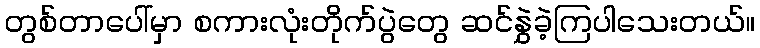
တွစ်တာပေါ်မှာ စကားလုံးတိုက်ပွဲတွေ ဆင်နွှဲခဲ့ကြပါသေးတယ်။